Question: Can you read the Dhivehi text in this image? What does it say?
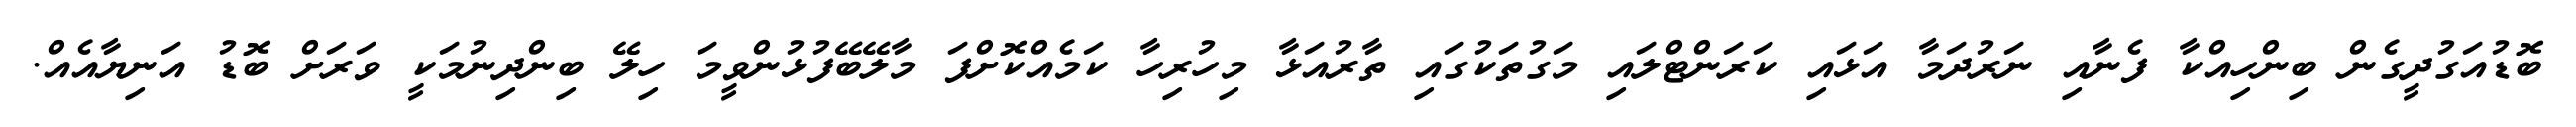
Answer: ބޮޑުއަގުދީގެން ބިންހިއްކާ ފެނާއި ނަރުދަމާ އަޅައި ކަރަންޓްލައި މަގުތަކުގައި ތާރުއަޅާ މިހުރިހާ ކަމެއްކޮށްފަ މާލޭބޭފުޅުންވީމަ ހިލޭ ބިންދިނުމަކީ ވަރަށް ބޮޑު އަނިޔާއެއް.